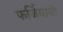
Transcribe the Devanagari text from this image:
फर्जियाची